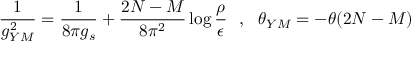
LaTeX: \frac { 1 } { g _ { Y M } ^ { 2 } } = \frac { 1 } { 8 \pi g _ { s } } + \frac { 2 N - M } { 8 \pi ^ { 2 } } \log \frac { \rho } { \epsilon } ~ ~ , ~ ~ \theta _ { Y M } = - \theta ( 2 N - M )